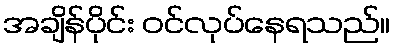
အချိန်ပိုင်း ဝင်လုပ်နေရသည်။